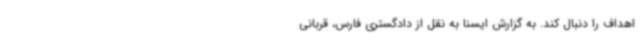
اهداف را دنبال کند. به گزارش ایسنا به نقل از دادگستری فارس، قربانی